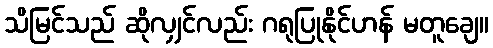
သိမြင်သည် ဆိုလျှင်လည်း ဂရုပြုနိုင်ဟန် မတူချေ။